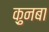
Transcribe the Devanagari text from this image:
क़ुनबा